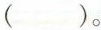
( )。